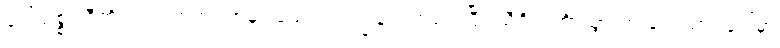
ဒေါ်သစ္စဝါဒီကို ၇၆ ရက်အကြာမှာ ထောင်က ပြန်လွှတ်ပေးပြီး သီရိလင်္ကာသွားတဲ့ လေယာဉ်ပေါ်မှာ